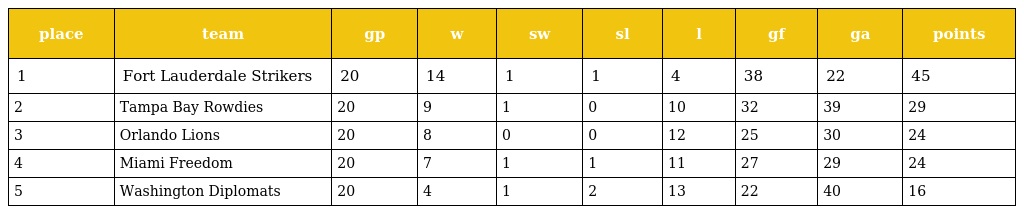
| place | team | gp | w | sw | sl | l | gf | ga | points |
 | --- | --- | --- | --- | --- | --- | --- | --- | --- | --- |
 | 1 | Fort Lauderdale Strikers | 20 | 14 | 1 | 1 | 4 | 38 | 22 | 45 |
 | 2 | Tampa Bay Rowdies | 20 | 9 | 1 | 0 | 10 | 32 | 39 | 29 |
 | 3 | Orlando Lions | 20 | 8 | 0 | 0 | 12 | 25 | 30 | 24 |
 | 4 | Miami Freedom | 20 | 7 | 1 | 1 | 11 | 27 | 29 | 24 |
 | 5 | Washington Diplomats | 20 | 4 | 1 | 2 | 13 | 22 | 40 | 16 |